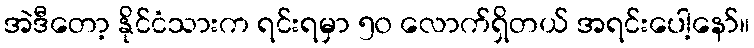
အဲဒီတော့ နိုင်ငံသားက ရင်းရမှာ ၅၀ လောက်ရှိတယ် အရင်းပေါ့နော်။